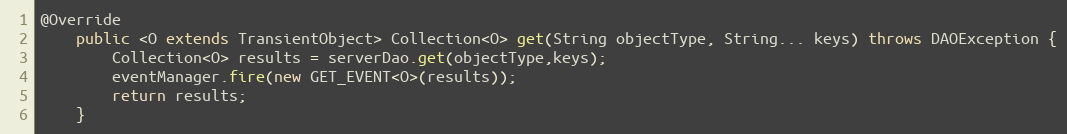
Language: Java
@Override
    public <O extends TransientObject> Collection<O> get(String objectType, String... keys) throws DAOException {
        Collection<O> results = serverDao.get(objectType,keys);
        eventManager.fire(new GET_EVENT<O>(results));
        return results;
    }